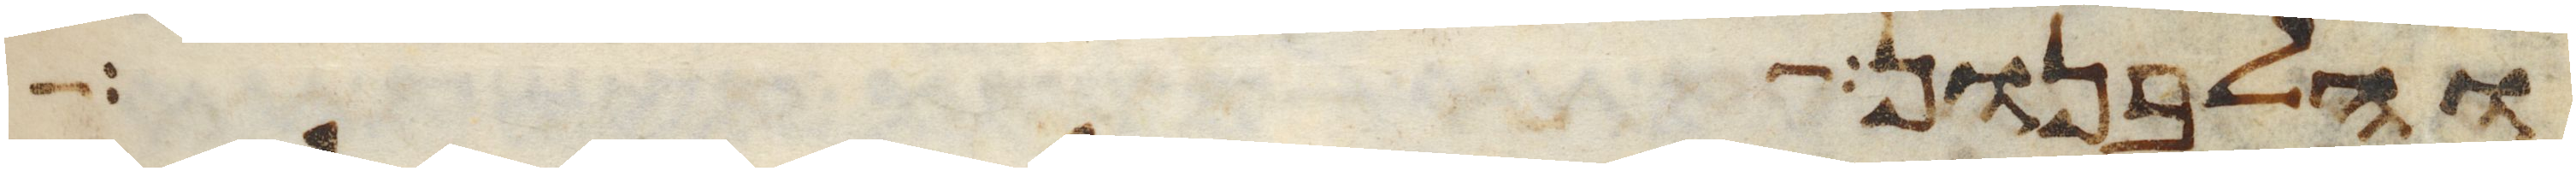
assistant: והלבנון